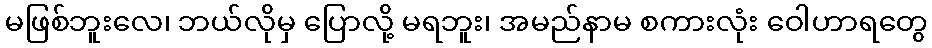
မဖြစ်ဘူးလေ၊ ဘယ်လိုမှ ပြောလို့ မရဘူး၊ အမည်နာမ စကားလုံး ဝေါဟာရတွေ